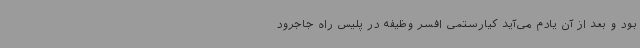
بود و بعد از آن یادم می‌آید کیارستمی افسر وظیفه در پلیس راه جاجرود